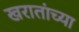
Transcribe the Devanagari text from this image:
खरातांच्या